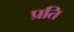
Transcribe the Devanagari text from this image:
प्रति